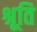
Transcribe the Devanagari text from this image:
श्रूति